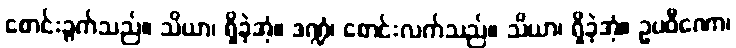
စောင်းခွက်သည်။ သိယာ၊ ရှိခဲ့အံ့။ ဒဏ္ဍံ၊ စောင်းလက်သည်။ သိယာ၊ ရှိခဲ့အံ့။ ဥပဝီဏော၊